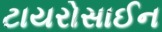
ટાયરોસાઈન